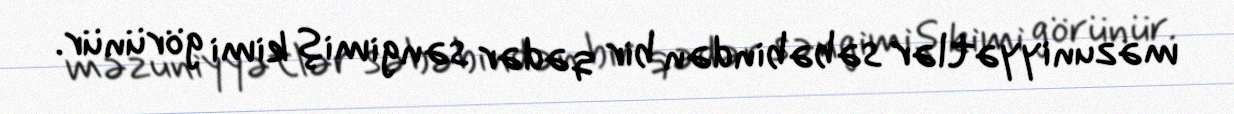
məzuniyyətlər səbəbindən bir qədər səngimiş kimi görünür.